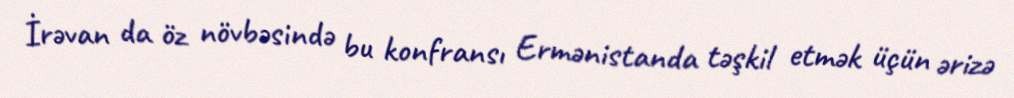
İrəvan da öz növbəsində bu konfransı Ermənistanda təşkil etmək üçün ərizə